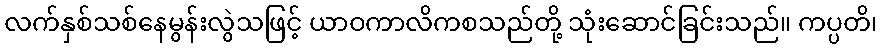
လက်နှစ်သစ်နေမွန်းလွဲသဖြင့် ယာဝကာလိကစသည်တို့ သုံးဆောင်ခြင်းသည်။ ကပ္ပတိ၊